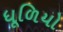
ધૂળિયો